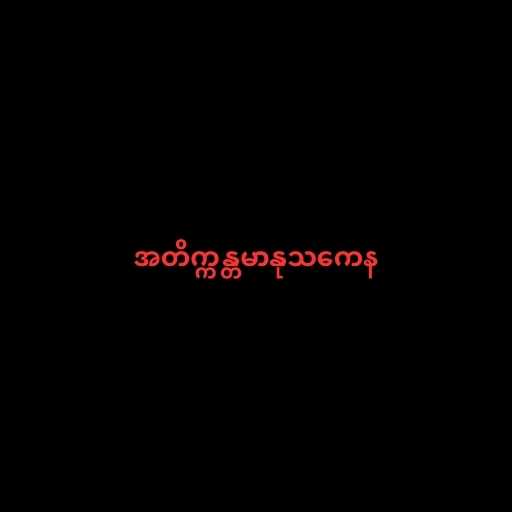
အတိက္ကန္တမာနုသကေန